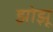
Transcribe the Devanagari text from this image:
झोझू